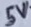
Text: 5V